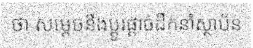
ថា សម្តេចនឹងប្តូរផ្តាច់ដឹកនាំស្ថាប័ន